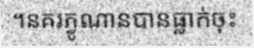
។នគរភ្វូណានបានធ្លាក់ចុះ